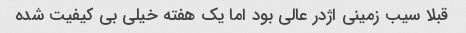
قبلا سیب زمینی اژدر عالی بود اما یک هفته خیلی بی کیفیت شده